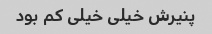
پنیرش خیلی خیلی کم بود